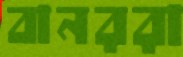
বানররা